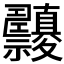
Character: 𥜹